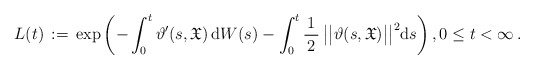
\begin{align*}L(t)\, :=\, \exp\left(-\int_0^t\vartheta^\prime (s,\mathfrak{X})\, \mathrm{d}W(s) - \int_0^t \frac{1}{\,2\,} \,\big|\big|\vartheta(s,\mathfrak{X})\big|\big|^2 \mathrm{d}s\right), 0\leq t < \infty\,.\end{align*}